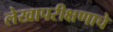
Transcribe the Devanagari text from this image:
लेखापरीक्षणाचे